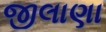
જીલાણા